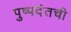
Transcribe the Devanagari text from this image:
पुष्पदंतची